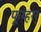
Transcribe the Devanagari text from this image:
फूय्हरर्